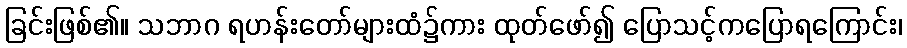
ခြင်းဖြစ်၏။ သဘာဂ ရဟန်းတော်များထံ၌ကား ထုတ်ဖော်၍ ပြောသင့်ကပြောရကြောင်း၊